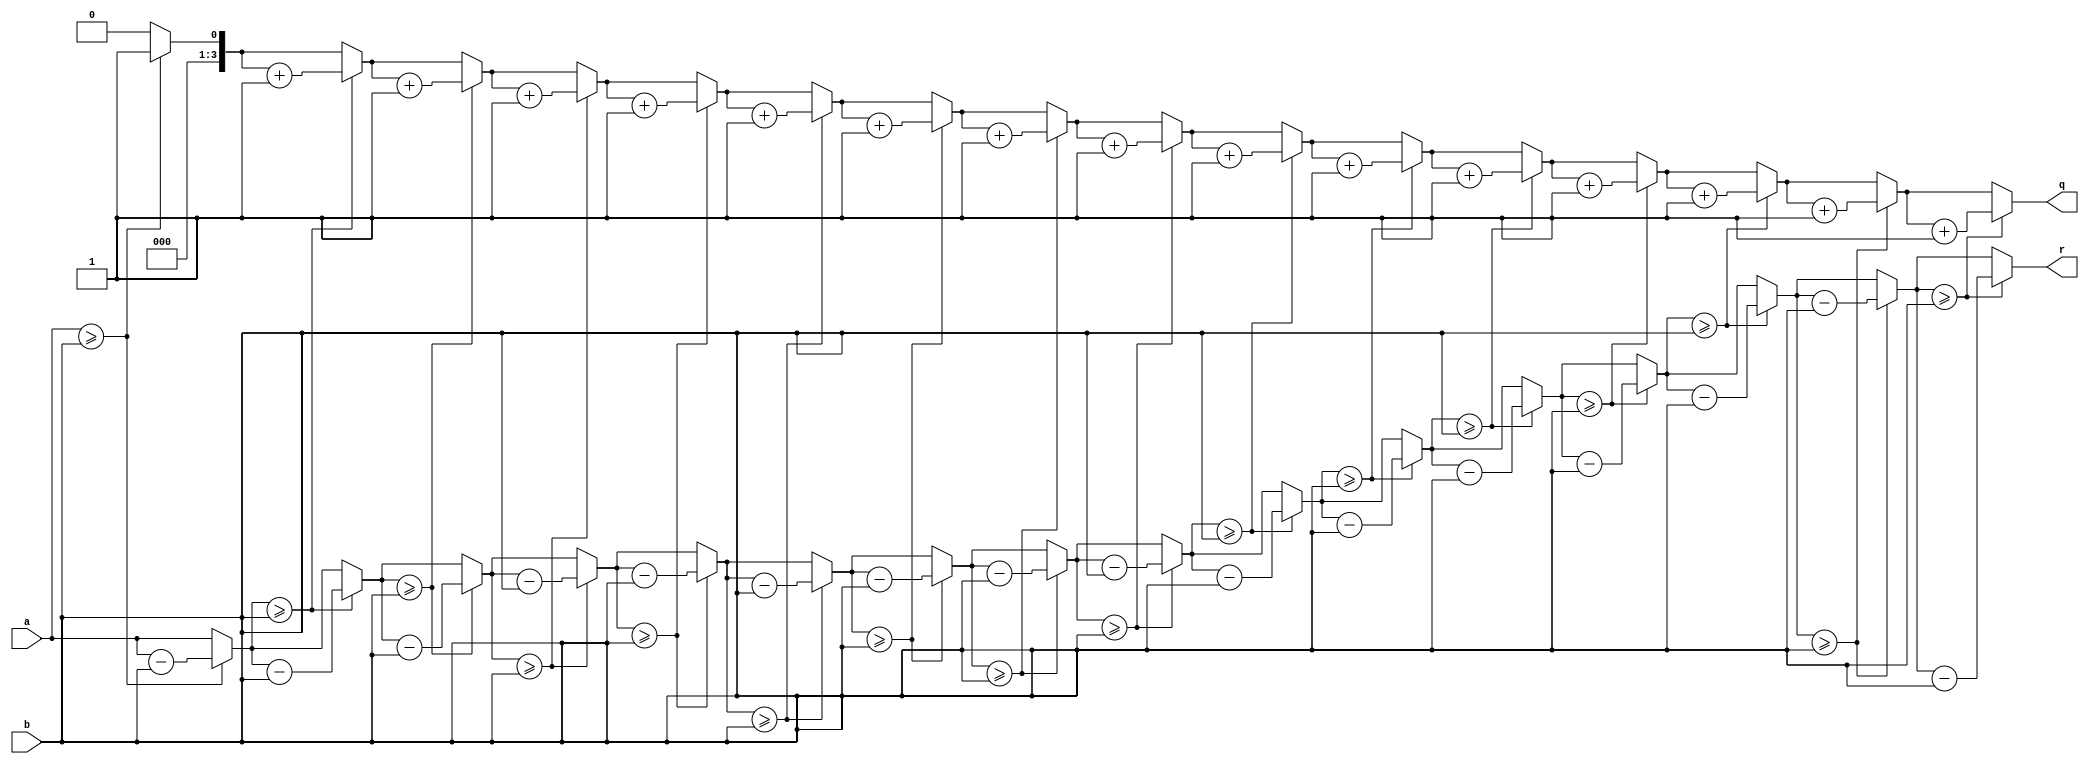
`timescale 1ns / 1ps
//////////////////////////////////////////////////////////////////////////////////
// Company: 
// Engineer: 
// 
// Design Name: 
// Module Name: divider_4bit
// Project Name: 
// Target Devices: 
// Tool Versions: 
// Description: 
// 
// Dependencies: 
// 
// Revision:
// Revision 0.01 - File Created
// Additional Comments:
// 
//////////////////////////////////////////////////////////////////////////////////


module divider_4bit(q,r,a,b);
input [3:0]a,b;
output reg [3:0]r,q;

integer i;
always @(a,b) begin
q = 0; r = a; 
for(i=0;i<16;i=i+1) begin
    if(r >= b) begin
    r = r - b;
    q = q + 1;
    end
  end
end
endmodule